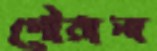
গৌরানা